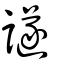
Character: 譢